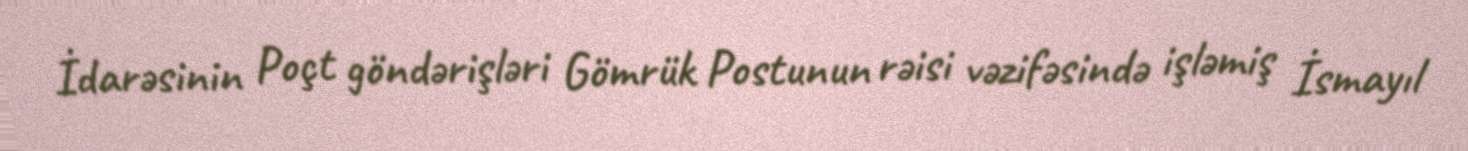
İdarəsinin Poçt göndərişləri Gömrük Postunun rəisi vəzifəsində işləmiş İsmayıl